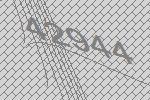
42944